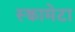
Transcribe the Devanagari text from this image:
स्क्वामेटा